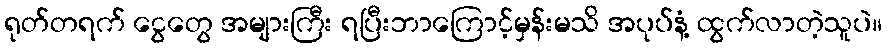
ရုတ်တရက် ငွေတွေ အများကြီး ရပြီးဘာကြောင့်မှန်းမသိ အပုပ်နံ့ ထွက်လာတဲ့သူပဲ။